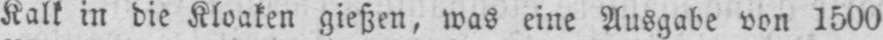
Kalk in die Kloaken gießen, was eine Ausgabe von 1500